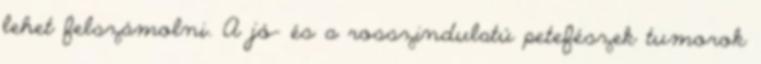
lehet felszámolni. A jó- és a rosszindulatú petefészek tumorok